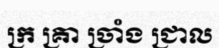
ក្រ គ្រា ច្រាំង ជ្រាល